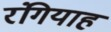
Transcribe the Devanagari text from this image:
रंगियाह